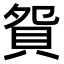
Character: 𧵍